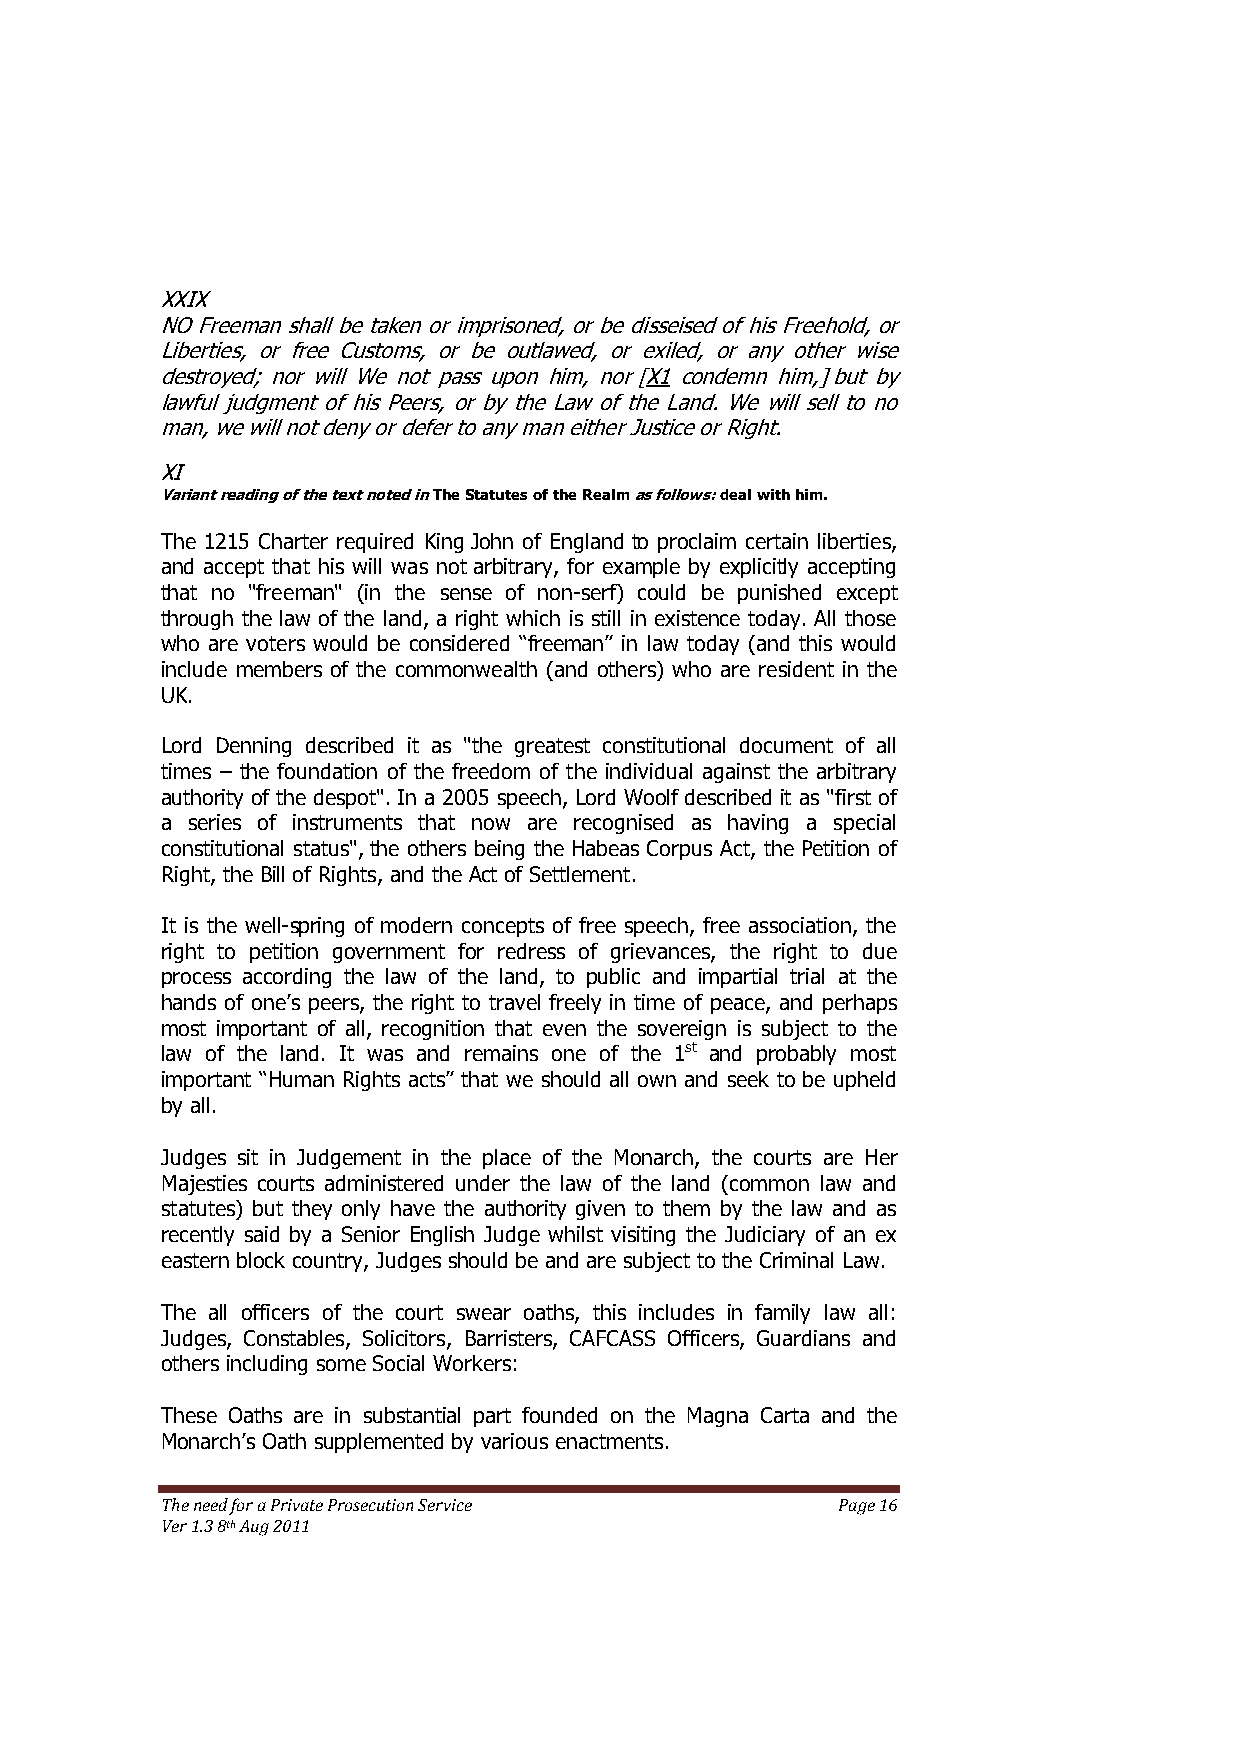
XXIX
 NO Freeman shall be taken or imprisoned, or be disseised of his Freehold, or
 Liberties, or free Customs, or be outlawed, or exiled, or any other wise
 destroyed; nor will We not pass upon him, nor [X1 condemn him,] but by
 lawful judgment of his Peers, or by the Law of the Land. We will sell to no
 man, we will not deny or defer to any man either Justice or Right.
 XI
 Variant reading of the text noted in The Statutes of the Realm as follows: deal with him.
 The 1215 Charter required King John of England to proclaim certain liberties,
 and accept that his will was not arbitrary, for example by explicitly accepting
 that no "freeman" (in the sense of non-serf) could be punished except
 through the law of the land, a right which is still in existence today. All those
 who are voters would be considered ―freeman‖ in law today (and this would
 include members of the commonwealth (and others) who are resident in the
 UK.
 Lord Denning described it as "the greatest constitutional document of all
 times – the foundation of the freedom of the individual against the arbitrary
 authority of the despot". In a 2005 speech, Lord Woolf described it as "first of
 a series of instruments that now are recognised as having a special
 constitutional status", the others being the Habeas Corpus Act, the Petition of
 Right, the Bill of Rights, and the Act of Settlement.
 It is the well-spring of modern concepts of free speech, free association, the
 right to petition government for redress of grievances, the right to due
 process according the law of the land, to public and impartial trial at the
 hands of one’s peers, the right to travel freely in time of peace, and perhaps
 most important of all, recognition that even the sovereign is subject to the
 law of the land. It was and remains one of the 1st and probably most
 important ―Human Rights acts‖ that we should all own and seek to be upheld
 by all.
 Judges sit in Judgement in the place of the Monarch, the courts are Her
 Majesties courts administered under the law of the land (common law and
 statutes) but they only have the authority given to them by the law and as
 recently said by a Senior English Judge whilst visiting the Judiciary of an ex
 eastern block country, Judges should be and are subject to the Criminal Law.
 The all officers of the court swear oaths, this includes in family law all:
 Judges, Constables, Solicitors, Barristers, CAFCASS Officers, Guardians and
 others including some Social Workers:
 These Oaths are in substantial part founded on the Magna Carta and the
 Monarch’s Oath supplemented by various enactments.
 The need for a Private Prosecution Service  Page 16
 Ver 1.3 8th Aug 2011